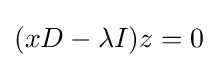
(xD-\lambda I)z=0